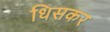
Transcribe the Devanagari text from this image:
धिसकर